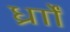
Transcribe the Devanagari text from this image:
र्ध्रााेंं